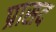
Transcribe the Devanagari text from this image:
प्रासद